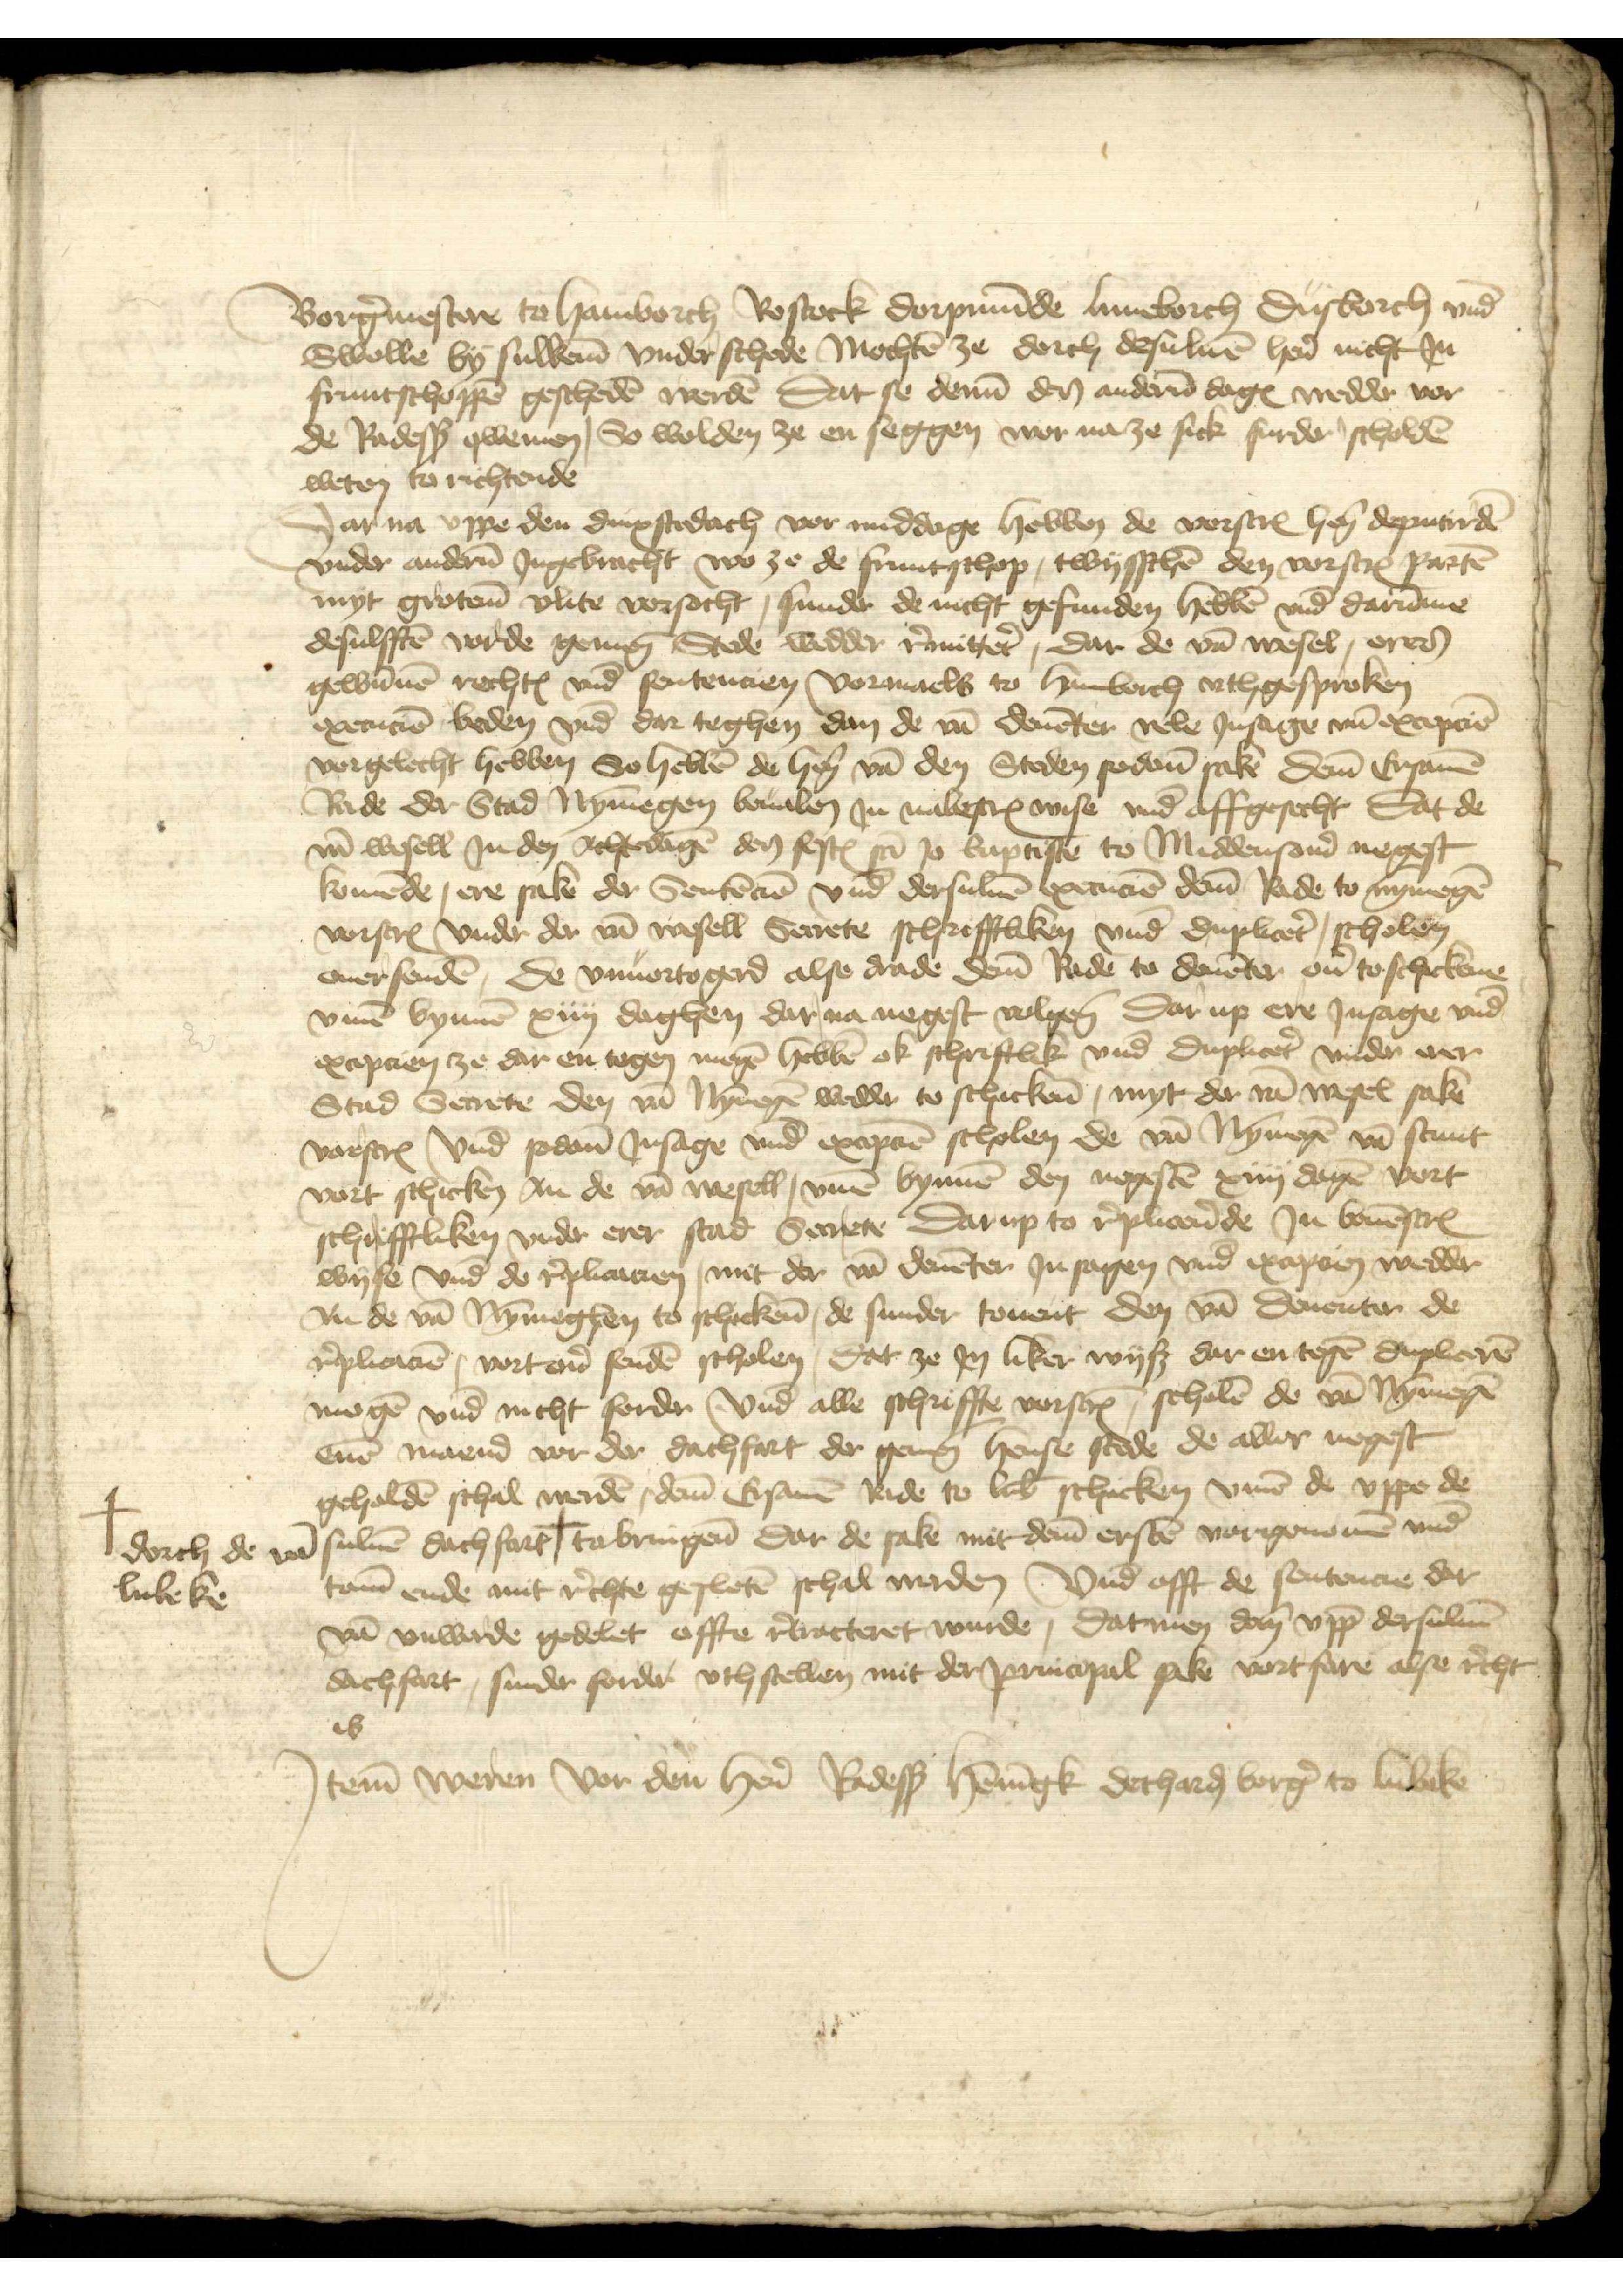
Borgermestere to Hamborch Rostock Dorpmunde Luneborch Dusborch vnd
Swolle by sulkeme vnderschede mochten ze dorch desuluen here nicht Jn
fruntschoppe gescheden werden dat se denne den anderen dage wedder vor
de Radessendeboden qwemen, So wolden ze en seggen wor na ze sick furder scholden
weten to richtende

Dar na vppe den dinxstedach vor middage hebben de vorscreuen heren deputirde
vnder anderen Jngebracht wo ze de fruntschop, twisschen den vorscreuen parten
myt groteme vlite vorsocht, sunder de nicht gefunden hebben vnd darinne
desulfften vorde gemenen Stede wedder renettet, dar de van Wesel, eres
gewunnen rechtes vnd sentencien vormaels to Hamborch vthgesproken
execucien beden vnd dar teghen dan de van Deuenter vele Jnsage vnd exepcien
vorgelecht hebben So hebben de heren van den Steden sodane sake deme Ersamen
Rade der Stad Nymegen beualen Jn nabescreuen wise vnd affgesecht Dat de
van Wesell Jn den achtedagen des sesten st Jo Baptisten to Middensomer negest
komende, ere sake der Sententien vnd dersuluen execucien deme Rade to Nymegen
vorscreuen vnder der van Wesell Secrete schrifftliken vnd dupliceter, scholen
ouersenden, de vnuortogerd alse drade deme Rade to Deuenter ouer toschickene
vmme bynnen xiiij daghen dar na negest volgen Dar up ere Jnsage vnd
exeptien ze dar en tegen megen hebben ok schriftlik vnd dupliceter vnder erer
Stad Secrete den van Nymegen wedder to schickenen, myt der van Wesel sake
vorscreuen vnd sodane Jnsage vnd exeptien scholen de van Nymegen van Stunt¬
vort schicken an de van Wesel, vmme bynnen den negesten xiiij dagen vort
schrifftliken vnder erer stad Secrete, Darup to replicerinde Jn bouenscreuen
wyse vnd de replicacien, met der van Deuenter Jn sagen vnd ixapaien wedder
An de van Nymmeghen to schickene, de sunder touent den van Deuenter de
replicacien, vorteren senden scholen, dat ze Jn liker wyß dar en tegen duplieren
mogen vnd nicht forder vnd alle schriffte vorscreuen, scholen de van Nymmegen
enen maend vor der dachfart der gemenen hense stede de aller negest
geholden schal werden, deme Ersamen Rade to Lubeke schicken vmme de vppe de
suluen dachfart + to bringene dar de sake mit deme ersten vorgenomen vnd
tome ende mit rechte gesloten schal werden vnd offt de sentencie dar
van vnwerde gedelet offte retracteret wurde, Datmen don vpp dersuluen
dachfart, sunder forder vth stellen mit der principal sake vortfare alse recht
is

+ dorch de van
Lubeke

Jtem weren vor den heren Radesendeboden Henningk Detharden borger to Lubeke